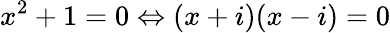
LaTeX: x^{2}+1=0\Leftrightarrow(x+i)(x-i)=0